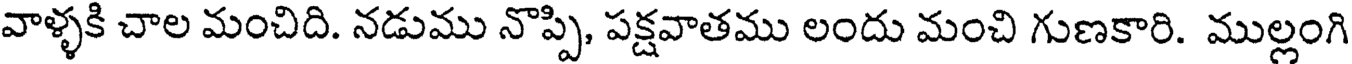
వాళ్ళకి చాల మంచిది. నడుము నొప్పి, పక్షవాతము లందు మంచి గుణకారి. ముల్లంగి